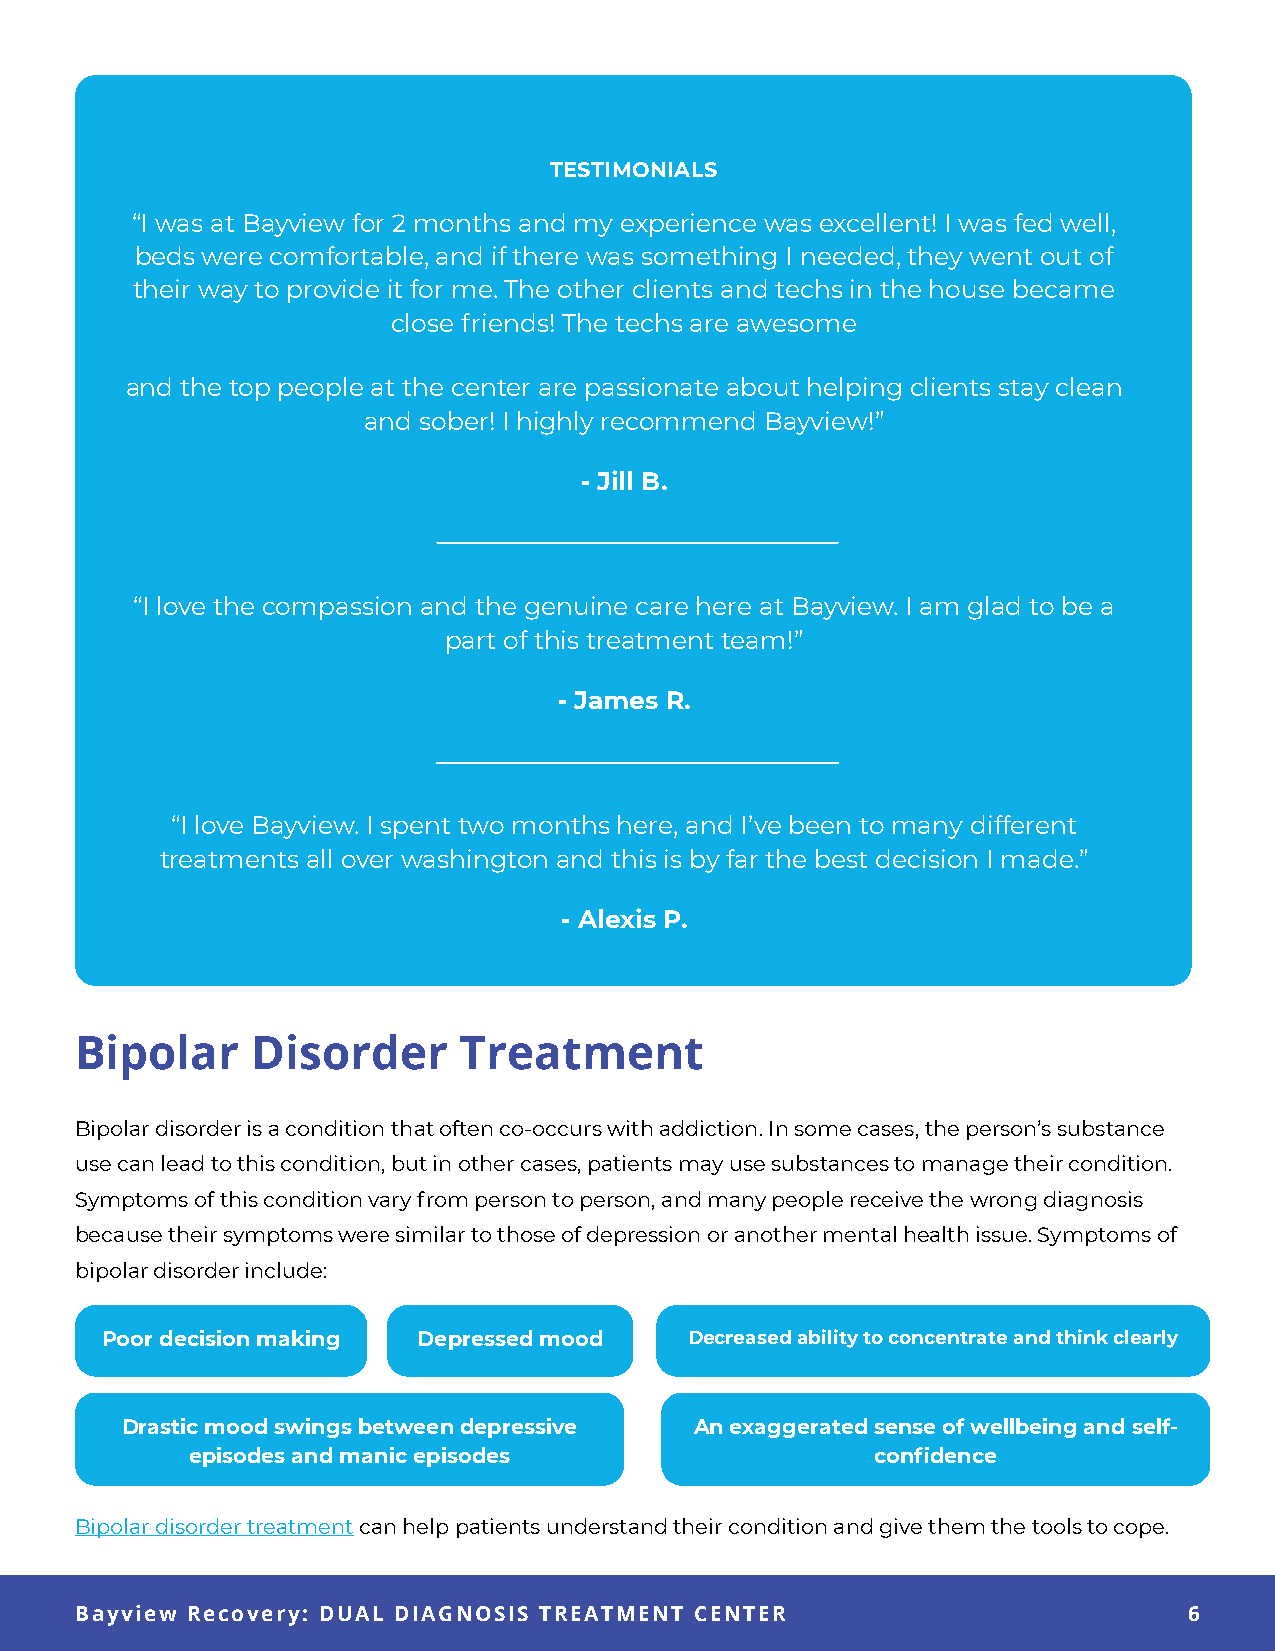
TESTIMONIALS
 “I was at Bayview for 2 months and my experience was excellent! I was fed well,
 beds were comfortable, and if there was something I needed, they went out of
 their way to provide it for me. The other clients and techs in the house became
 close friends! The techs are awesome
 and the top people at the center are passionate about helping clients stay clean
 and sober! I highly recommend Bayview!”
 - Jill B.
 “I love the compassion and the genuine care here at Bayview. I am glad to be a
 part of this treatment team!”
 - James R.
 “I love Bayview. I spent two months here, and I’ve been to many different
 treatments all over washington and this is by far the best decision I made.”
 - Alexis P.
 Bipolar     Disorder     Treatment
 Bipolar disorder is a condition that often co-occurs with addiction. In some cases, the person’s substance
 use can lead to this condition, but in other cases, patients may use substances to manage their condition.
 Symptoms of this condition vary from person to person, and many people receive the wrong diagnosis
 because their symptoms were similar to those of depression or another mental health issue. Symptoms of
 bipolar disorder include:
 Poor decision making Depressed mood    Decreased ability to concentrate and think clearly
 Drastic mood swings between depressive An exaggerated sense of wellbeing and self-
 episodes and manic episodes                  confidence
 Bipolar disorder treatment can help patients understand their condition and give them the tools to cope.
 6
 Bayview Recovery: DUAL DIAGNOSIS TREATMENT CENTER                         6